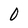
Character: 0